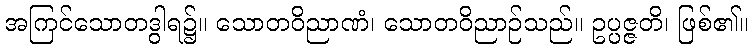
အကြင်သောတဒွါရ၌။ သောတဝိညာဏံ၊ သောတဝိညာဉ်သည်။ ဥပ္ပဇ္ဇတိ၊ ဖြစ်၏။